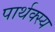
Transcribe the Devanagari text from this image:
पार्थक्स्य